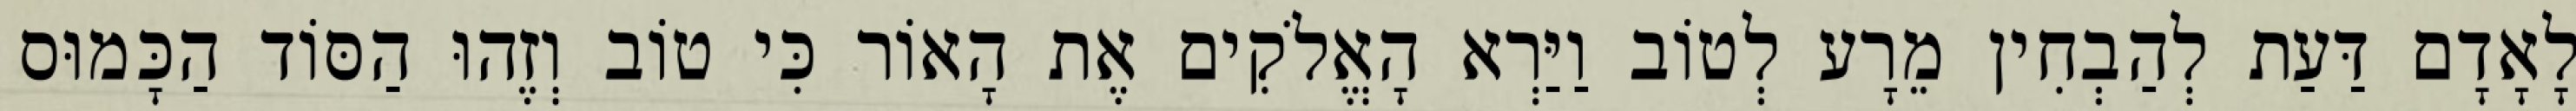
לָאָדָם דַּעַת לְהַבְחִין מֵרָע לְטוֹב וַיַּרְא הָאֱלֹקִים אֶת הָאוֹר כִּי טוֹב וְזֶהוּ הַסּוֹד הַכָּמוּס